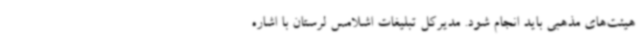
هیئت‌های مذهبی باید انجام شود. مدیرکل تبلیغات اشلامس لرستان با اشاره